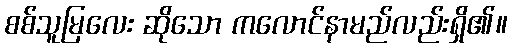
စစ်သူမြလေး ဆိုသော ကလောင်နာမည်လည်းရှိ၏။